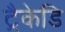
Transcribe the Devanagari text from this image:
ट्रैकेडि